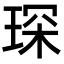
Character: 琛